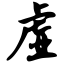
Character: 虚